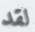
لقد